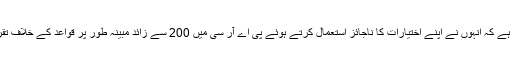
ان پر الزام ہے کہ انہوں نے اپنے اختیارات کا ناجائز استعمال کرتے ہوئے پی اے آر سی میں 200 سے زائد مبینہ طور پر قواعد کے خلاف تقرریاں کیں۔